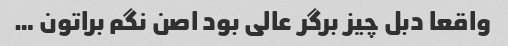
واقعا دبل چیز برگر عالی بود اصن نگم براتون …